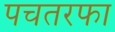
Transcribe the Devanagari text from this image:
पचतरफा